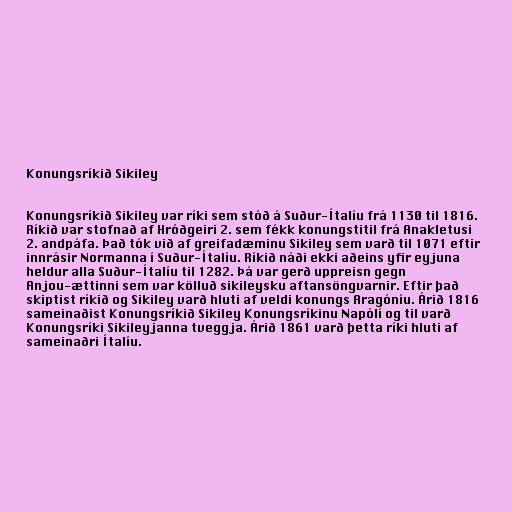
Konungsríkið Sikiley

Konungsríkið Sikiley var ríki sem stóð á Suður-Ítalíu frá 1130 til 1816.
Ríkið var stofnað af Hróðgeiri 2. sem fékk konungstitil frá Anakletusi
2. andpáfa. Það tók við af greifadæminu Sikiley sem varð til 1071 eftir
innrásir Normanna í Suður-Ítalíu. Ríkið náði ekki aðeins yfir eyjuna
heldur alla Suður-Ítalíu til 1282. Þá var gerð uppreisn gegn
Anjou-ættinni sem var kölluð sikileysku aftansöngvarnir. Eftir það
skiptist ríkið og Sikiley varð hluti af veldi konungs Aragóníu. Árið 1816
sameinaðist Konungsríkið Sikiley Konungsríkinu Napólí og til varð
Konungsríki Sikileyjanna tveggja. Árið 1861 varð þetta ríki hluti af
sameinaðri Ítalíu.